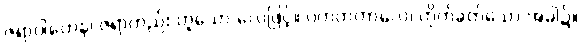
ဇရာဝါတေန၊ ဇရာတည်း ဟူသော လေဖြင့်။ ပဟတကာလေ၊ တိုက်ခတ်သော အခါ၌။